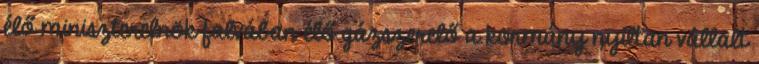
élő miniszterelnök falvában élő gázszerelő a kormány nyíltan vállalt